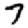
Digit: 7